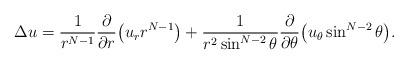
LaTeX: \begin{align*}\Delta u=\frac{1}{r^{N-1}}\frac{\partial}{\partial r}\bigl(u_rr^{N-1}\bigr)+\frac{1}{r^2\sin^{N-2}\theta}\frac{\partial}{\partial\theta}\bigl(u_\theta \sin^{N-2}\theta \bigr).\end{align*}